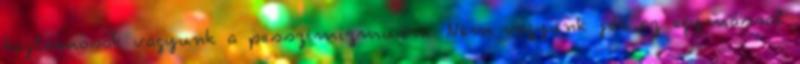
hajlamosak vagyunk a pesszimizmusra. Nem vagyunk jók az egymással